Punjab Mental Hospital Lahore 1922-31 - 1922-1931
Year: 1922
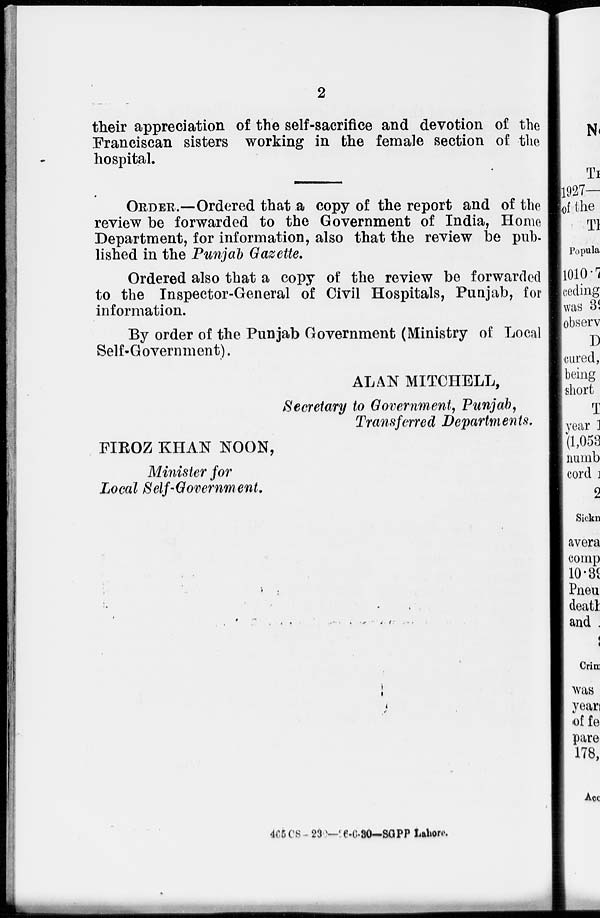
2
their appreciation of the self-sacrifice and devotion of the
Franciscan sisters working in the female section of the
hospital.
ORDER.—Ordered that a copy of the report and of the
review be forwarded to the Government of India, Home
Department, for information, also that the review be pub-
lished in the Punjab Gazette.
Ordered also that a copy of the review be forwarded
to the Inspector-General of Civil Hospitals, Punjab, for
information.
By order of the Punjab Government (Ministry of Local
Self-Government).
ALAN MITCHELL,
Secretary to Government, Punjab,
Transferred Departments.
FIROZ KHAN NOON,
Minister for
Local Self-Government.
465 CS-230—26-6-30—SGPP Lahore.